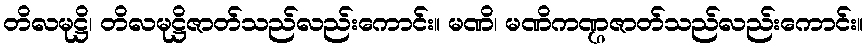
တိလမုဋ္ဌိ၊ တိလမုဋ္ဌိဇာတ်သည်လည်းကောင်း။ မဏိ၊ မဏိကဏ္ဌဇာတ်သည်လည်းကောင်း။